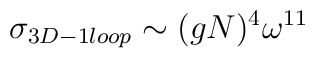
\sigma_{3D-1 loop}\sim (gN)^4 \omega^{11}